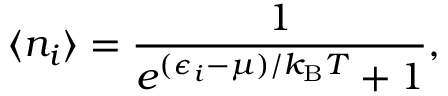
\langle n _ { i } \rangle = { \frac { 1 } { e ^ { ( \epsilon _ { i } - \mu ) / k _ { \mathrm { { B } } } T } + 1 } } ,